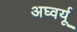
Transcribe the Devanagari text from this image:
अघ्वर्यू